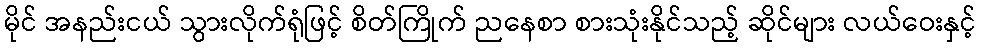
မိုင် အနည်းငယ် သွားလိုက်ရုံဖြင့် စိတ်ကြိုက် ညနေစာ စားသုံးနိုင်သည့် ဆိုင်များ လယ်ဝေးနှင့်